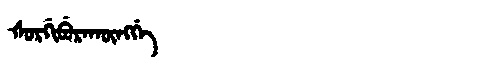
Manchu: ᡧᠣᡵᡤᡳᠪᡠᡵᠠᡴᡡᠩᡤᡝ
Romanization: ŠORGIBURAKŪNGGE